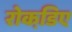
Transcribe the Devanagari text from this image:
रोकडि़ए